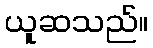
ယူဆသည်။